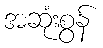
အဆုံးစွန်